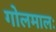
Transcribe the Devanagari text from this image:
गोलमालः